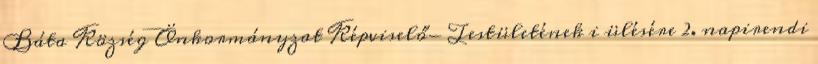
Báta Község Önkormányzat Képviselő- Testületének i ülésére 2. napirendi